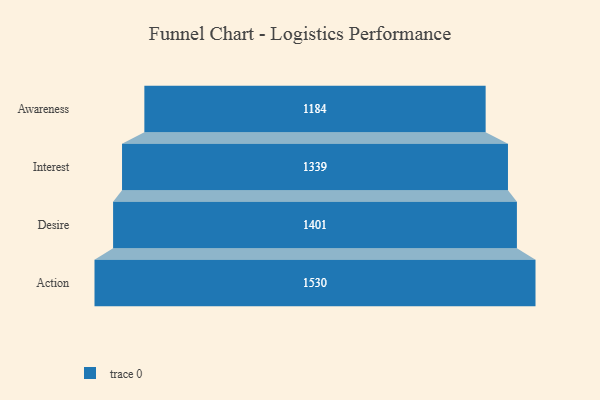
{"axis": {"x": "Stage", "y": "Value"}, "legend": [""], "data": [{"x": "Awareness", "y": 1184.0, "type": ""}, {"x": "Interest", "y": 1339.0, "type": ""}, {"x": "Desire", "y": 1401.0, "type": ""}, {"x": "Action", "y": 1530.0, "type": ""}]}